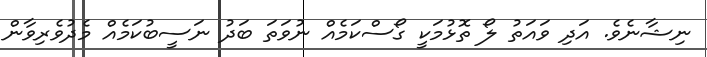
ނިޝާނެވެ. އަދި ވައަތު ލޯ ތޮޅުމަކީ ގޯސްކަމެއް ނުވަތަ ބަދު ނަސީބުކަމެއް މެދުވެރިވާން